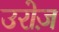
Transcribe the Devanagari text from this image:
उरोज़